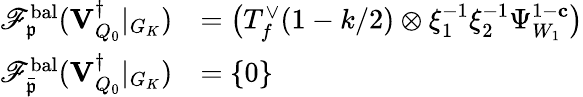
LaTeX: \begin{array}{rl}{\mathscr{F}_{\mathfrak{p}}^{\mathrm{bal}}({\mathbf{V}_{Q_{0}}^{\dagger}}\vert_{G_{K}})}&{=\bigl(T_{f}^{\vee}(1-k/2)\otimes\xi_{1}^{-1}\xi_{2}^{-1}\Psi_{W_{1}}^{1-\mathbf{c}}\bigr)}\\ {\mathscr{F}_{\bar{\mathfrak{p}}}^{\mathrm{bal}}({\mathbf{V}_{Q_{0}}^{\dagger}}\vert_{G_{K}})}&{=\{ 0\} }\end{array}